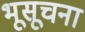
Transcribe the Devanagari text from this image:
भूसूचना